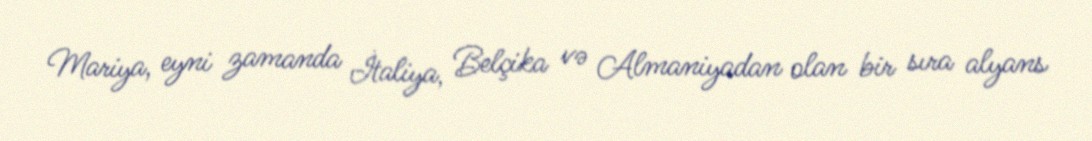
Mariya, eyni zamanda İtaliya, Belçika və Almaniyadan olan bir sıra alyans